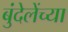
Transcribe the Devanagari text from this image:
बुंदेलेंच्या